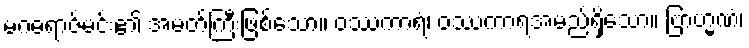
မဂဓရာဇ်မင်း၏ အမတ်ကြီးဖြစ်သော။ ဝဿကာရံ၊ ဝဿကာရအမည်ရှိသော။ ဗြာဟ္မဏံ၊